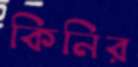
কিনির